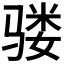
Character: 𩨇